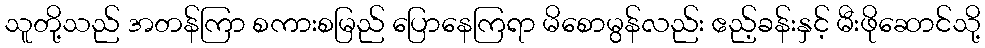
သူတို့သည် အတန်ကြာ စကားစမြည် ပြောနေကြရာ မိစောမွန်လည်း ဧည့်ခန်းနှင့် မီးဖိုဆောင်သို့